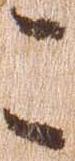
こ